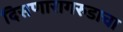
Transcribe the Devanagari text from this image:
दिसणारागरुडाचा